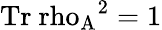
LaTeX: \mathrm{{Tr}{\ rho_{A}}^{2}=1}